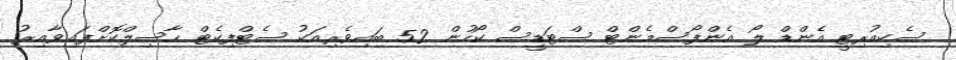
ސެކިއުރިޓީ އެންޑް ލޯ އެންފޯސްމެންޓް ސްޓަޑީސް ކޯހުން 52 ބައިވެރިއަކު ސެޓްފިކެޓް ހާސިލްކޮށްފައިވާއިރު